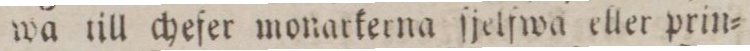
wa till chefer monarkerna ſjelfwa eller prin=